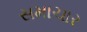
સમાચાર